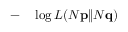
\begin{array} { r l } { - } & { { } \log L ( N \mathbf { p } \| N \mathbf { q } ) } \end{array}